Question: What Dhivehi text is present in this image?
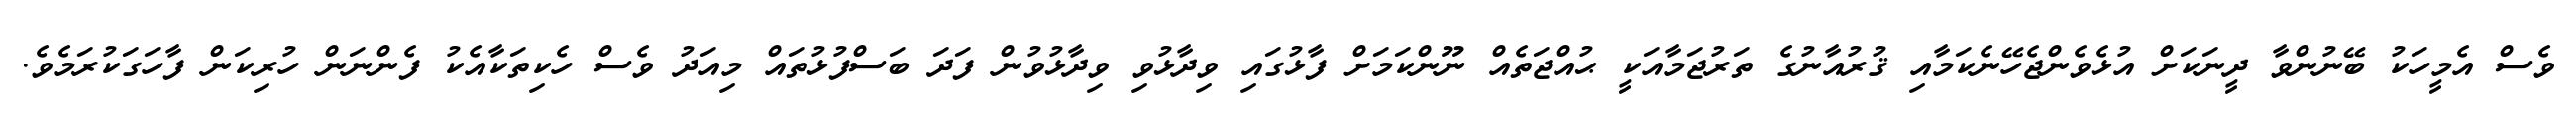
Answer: ވެސް އެމީހަކު ބޭނުންވާ ދީނަކަށް އުޅެވެންޖެހޭނެކަމާއި ޤުރުއާނުގެ ތަރުޖަމާއަކީ ޙުއްޖަތެއް ނޫންކަމަށް ފާޅުގައި ވިދާޅުވި ވިދާޅުވުން ފަދަ ބަސްފުޅުތައް މިއަދު ވެސް ހެކިތަކާއެކު ފެންނަން ހުރިކަން ފާހަގަކުރަމެވެ.